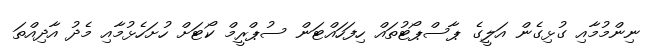
ނިންމުމާއި ގުޅިގެން އަލީގެ ޕާސްޕޯޓުތައް ހިފަހައްޓަން ސުޕްރީމް ކޯޓަށް ހުށަހެޅުމާއި މެދު އާދިއްތަ